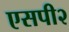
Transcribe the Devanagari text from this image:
एसपी२